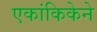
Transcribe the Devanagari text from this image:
एकांकिकेने